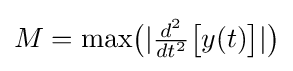
{\textstyle M={\text{max}}{\bigl (}|{\frac {d^{2}}{dt^{2}}}{\bigl [}y(t){\bigr ]}|{\bigr )}}